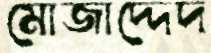
মোজাদ্দেদ